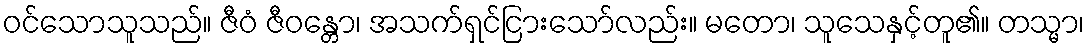
ဝင်သောသူသည်။ ဇီဝံ ဇီဝန္တော၊ အသက်ရှင်ငြားသော်လည်း။ မတော၊ သူသေနှင့်တူ၏။ တသ္မာ၊